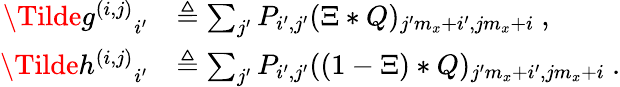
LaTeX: \begin{array}{rl}{{\Tilde{g}^{(i,j)}}_{i^{\prime}}}&{\triangleq\sum_{j^{\prime}}P_{i^{\prime},j^{\prime}}(\Xi*Q)_{j^{\prime}m_{x}+i^{\prime},jm_{x}+i}~,}\\ {{\Tilde{h}^{(i,j)}}_{i^{\prime}}}&{\triangleq\sum_{j^{\prime}}P_{i^{\prime},j^{\prime}}((1-\Xi)*Q)_{j^{\prime}m_{x}+i^{\prime},jm_{x}+i}~.}\end{array}